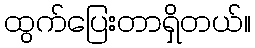
ထွက်ပြေးတာရှိတယ်။